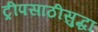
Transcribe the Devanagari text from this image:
ट्रीपसाठीसुद्धा